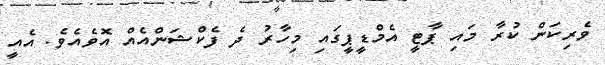
ވެރިކަން ކުރާ މައި ޕާޓީ އެމްޑީޕީގައި މިހާރު ދެ ފެކްޝަންއެއް އޮވެއެވެ. އެއީ